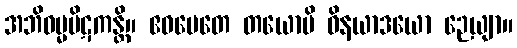
အဘိဓမ္မပိဋကန္တိ။ ဧဝမေတေ တယောပိ ဝိနယာဒယော ဉေယျာ။